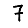
Digit: 7